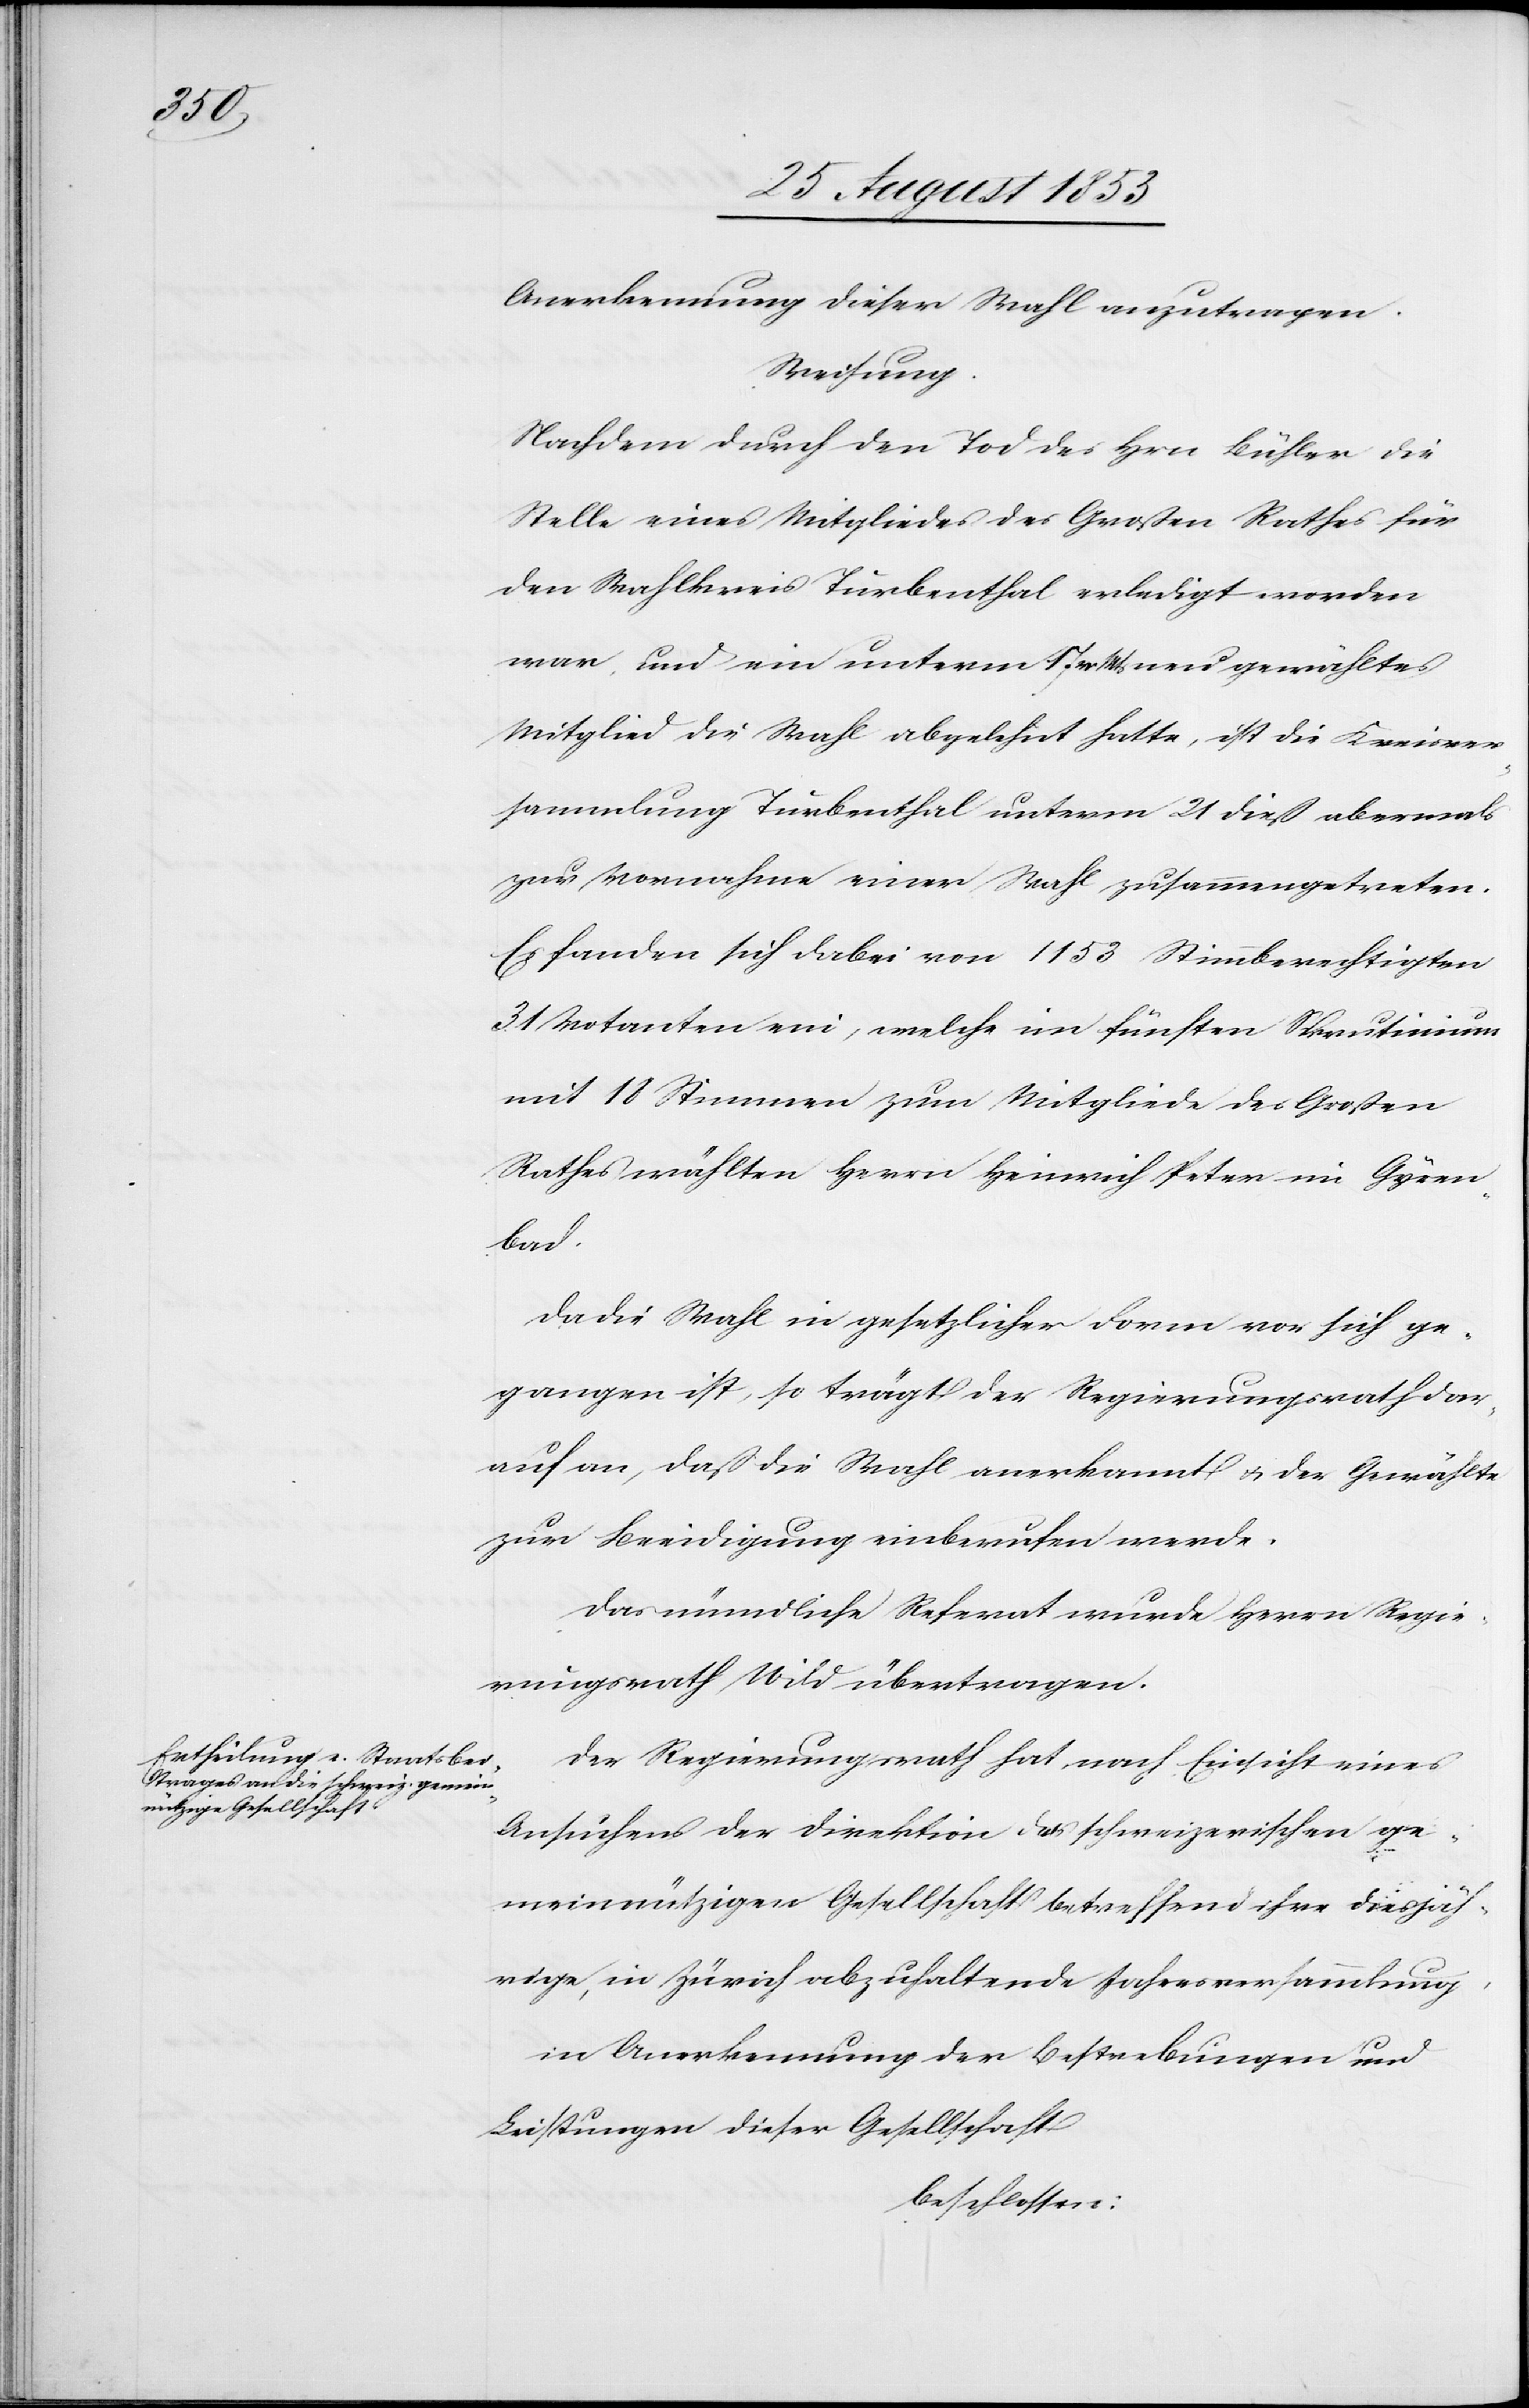
Anerkennung dieser Wahl anzutragen.
Weisung.
Nachdem durch den Tod des Hrn Bühler die
Stelle eine Mitgliedes des Großen Rathes für
den Wahlkreis Turbenthal erledigt worden
war und ein unterm 17 v. Mts. gewähltes
Mitglied die Wahl abgelehnt hatte, ist die Kreisver¬
sammlung Turbenthal unterm 21 dieß abermals
zur Vornahme einer Wahl zusammengetreten.
Es fanden sich dabei von 1153 Stimmberechtigten
31 Votanten ein, welche im fünften Scrutinium
mit 18 Stimmen zum Mitgliede des Großen
Rathes wählten Herrn Heinrich Peter im Gysen¬
bad.
Da die Wahl in gesetzlicher Form vor sich ge¬
gangen, so trägt der Regierungsrath dar¬
auf an, daß die Wahl anerkannt u. der Gewählte
zur Beeidigung einberufen werde.
Das mündliche Referat wurde Herrn Regie¬
rungsrath Wild übertragen.
Der Regierungsrath hat nach Einsicht eines
Ansuchens der Direktion der schweizerischen ge¬
meinnützigen Gesellschaft betreffend ihre diesjäh¬
rige, in Zürich abzuhaltende Jahresversammlung.
in Anerkennung der Bestrebungen und
Leistungen dieser Gesellschaft
beschlossen: